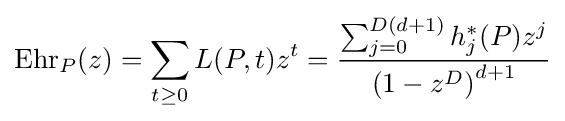
\operatorname {Ehr} _{P}(z)=\sum _{t\geq 0}L(P,t)z^{t}={\frac {\sum _{j=0}^{D(d+1)}h_{j}^{\ast }(P)z^{j}}{\left(1-z^{D}\right)^{d+1}}}